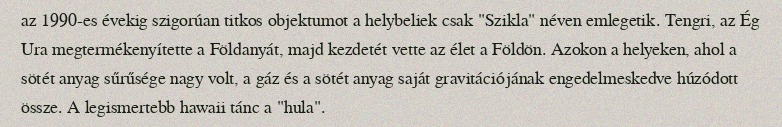
az 1990-es évekig szigorúan titkos objektumot a helybeliek csak "Szikla" néven emlegetik. Tengri, az Ég Ura megtermékenyítette a Földanyát, majd kezdetét vette az élet a Földön. Azokon a helyeken, ahol a sötét anyag sűrűsége nagy volt, a gáz és a sötét anyag saját gravitációjának engedelmeskedve húzódott össze. A legismertebb hawaii tánc a "hula".